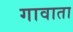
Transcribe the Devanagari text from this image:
गावाता